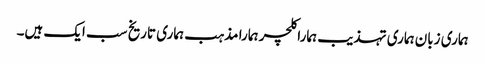
ہماری زبان ہماری تہذیب ہمارا کلچر ہمارا مذہب ہماری تاریخ سب ایک ہیں۔